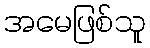
အမေဖြစ်သူ